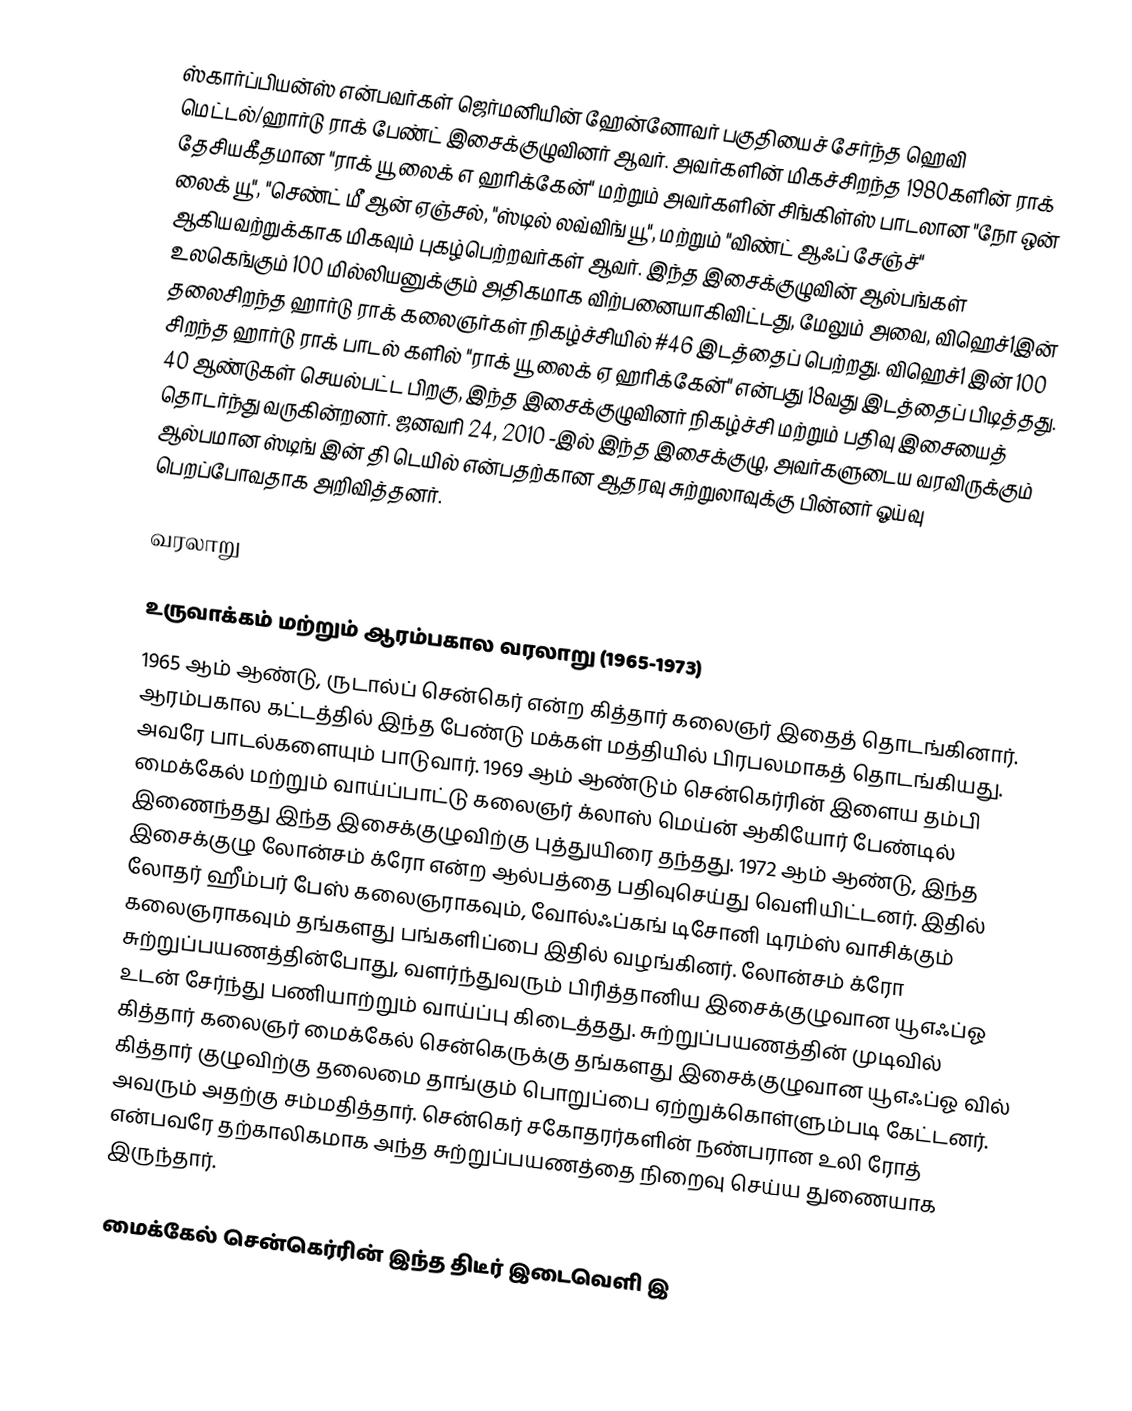
ஸ்கார்ப்பியன்ஸ் என்பவர்கள் ஜெர்மனியின் ஹேன்னோவர் பகுதியைச் சேர்ந்த ஹெவி மெட்டல்/ஹார்டு ராக் பேண்ட் இசைக்குழுவினர் ஆவர். அவர்களின் மிகச்சிறந்த 1980களின் ராக் தேசியகீதமான "ராக் யூ லைக் எ ஹரிக்கேன்" மற்றும் அவர்களின் சிங்கிள்ஸ் பாடலான "நோ ஒன் லைக் யூ", "செண்ட் மீ ஆன் ஏஞ்சல், "ஸ்டில் லவ்விங் யூ", மற்றும் "விண்ட் ஆஃப் சேஞ்ச்" ஆகியவற்றுக்காக மிகவும் புகழ்பெற்றவர்கள் ஆவர். இந்த இசைக்குழுவின் ஆல்பங்கள் உலகெங்கும் 100 மில்லியனுக்கும் அதிகமாக விற்பனையாகிவிட்டது, மேலும் அவை, விஹெச்1இன் தலைசிறந்த ஹார்டு ராக் கலைஞர்கள் நிகழ்ச்சியில் #46 இடத்தைப் பெற்றது. விஹெச்1 இன் 100 சிறந்த ஹார்டு ராக் பாடல் களில் "ராக் யூ லைக் ஏ ஹரிக்கேன்" என்பது 18வது இடத்தைப் பிடித்தது. 40 ஆண்டுகள் செயல்பட்ட பிறகு, இந்த இசைக்குழுவினர் நிகழ்ச்சி மற்றும் பதிவு இசையைத் தொடர்ந்து வருகின்றனர். ஜனவரி 24, 2010 -இல் இந்த இசைக்குழு, அவர்களுடைய வரவிருக்கும் ஆல்பமான ஸ்டிங் இன் தி டெயில் என்பதற்கான ஆதரவு சுற்றுலாவுக்கு பின்னர் ஓய்வு பெறப்போவதாக அறிவித்தனர்.

வரலாறு

உருவாக்கம் மற்றும் ஆரம்பகால வரலாறு (1965-1973)
1965 ஆம் ஆண்டு, ருடால்ப் சென்கெர் என்ற கித்தார் கலைஞர் இதைத் தொடங்கினார். ஆரம்பகால கட்டத்தில் இந்த பேண்டு மக்கள் மத்தியில் பிரபலமாகத் தொடங்கியது. அவரே பாடல்களையும் பாடுவார். 1969 ஆம் ஆண்டும் சென்கெர்ரின் இளைய தம்பி மைக்கேல் மற்றும் வாய்ப்பாட்டு கலைஞர் க்லாஸ் மெய்ன் ஆகியோர் பேண்டில் இணைந்தது இந்த இசைக்குழுவிற்கு புத்துயிரை தந்தது. 1972 ஆம் ஆண்டு, இந்த இசைக்குழு லோன்சம் க்ரோ என்ற ஆல்பத்தை பதிவுசெய்து வெளியிட்டனர். இதில் லோதர் ஹீம்பர் பேஸ் கலைஞராகவும், வோல்ஃப்கங் டிசோனி டிரம்ஸ் வாசிக்கும் கலைஞராகவும் தங்களது பங்களிப்பை இதில் வழங்கினர். லோன்சம் க்ரோ சுற்றுப்பயணத்தின்போது, வளர்ந்துவரும் பிரித்தானிய இசைக்குழுவான யூஎஃப்ஓ உடன் சேர்ந்து பணியாற்றும் வாய்ப்பு கிடைத்தது. சுற்றுப்பயணத்தின் முடிவில் கித்தார் கலைஞர் மைக்கேல் சென்கெருக்கு தங்களது இசைக்குழுவான யூஎஃப்ஓ வில் கித்தார் குழுவிற்கு தலைமை தாங்கும் பொறுப்பை ஏற்றுக்கொள்ளும்படி கேட்டனர். அவரும் அதற்கு சம்மதித்தார். சென்கெர் சகோதரர்களின் நண்பரான உலி ரோத் என்பவரே தற்காலிகமாக அந்த சுற்றுப்பயணத்தை நிறைவு செய்ய துணையாக இருந்தார்.

மைக்கேல் சென்கெர்ரின் இந்த திடீர் இடைவெளி இ